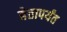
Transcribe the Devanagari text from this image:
बेतापर्यंत